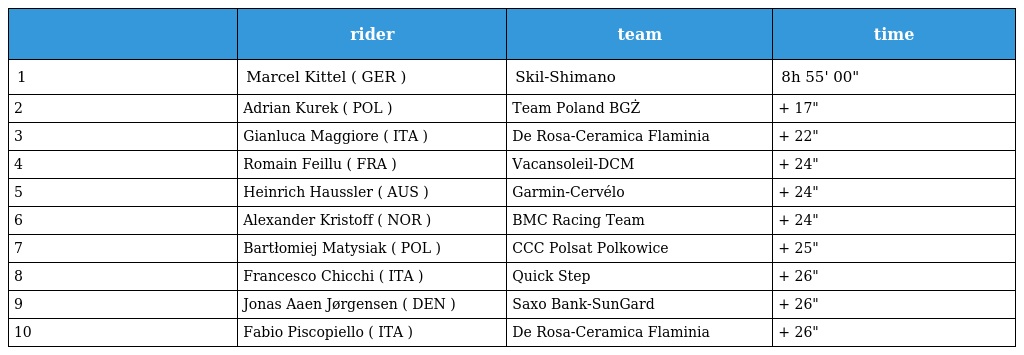
|  | rider | team | time |
 | --- | --- | --- | --- |
 | 1 | Marcel Kittel ( GER ) | Skil-Shimano | 8h 55' 00" |
 | 2 | Adrian Kurek ( POL ) | Team Poland BGŻ | + 17" |
 | 3 | Gianluca Maggiore ( ITA ) | De Rosa-Ceramica Flaminia | + 22" |
 | 4 | Romain Feillu ( FRA ) | Vacansoleil-DCM | + 24" |
 | 5 | Heinrich Haussler ( AUS ) | Garmin-Cervélo | + 24" |
 | 6 | Alexander Kristoff ( NOR ) | BMC Racing Team | + 24" |
 | 7 | Bartłomiej Matysiak ( POL ) | CCC Polsat Polkowice | + 25" |
 | 8 | Francesco Chicchi ( ITA ) | Quick Step | + 26" |
 | 9 | Jonas Aaen Jørgensen ( DEN ) | Saxo Bank-SunGard | + 26" |
 | 10 | Fabio Piscopiello ( ITA ) | De Rosa-Ceramica Flaminia | + 26" |